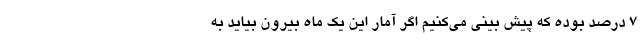
۷ درصد بوده که پیش بینی می‌کنیم اگر آمار این یک ماه بیرون بیاید به